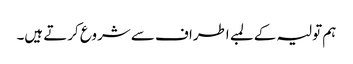
ہم تولیہ کے لمبے اطراف سے شروع کرتے ہیں۔